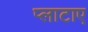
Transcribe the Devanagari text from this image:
प्लाटाए